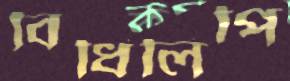
বিধিলিপি